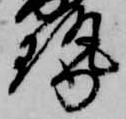
勢